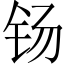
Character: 钖